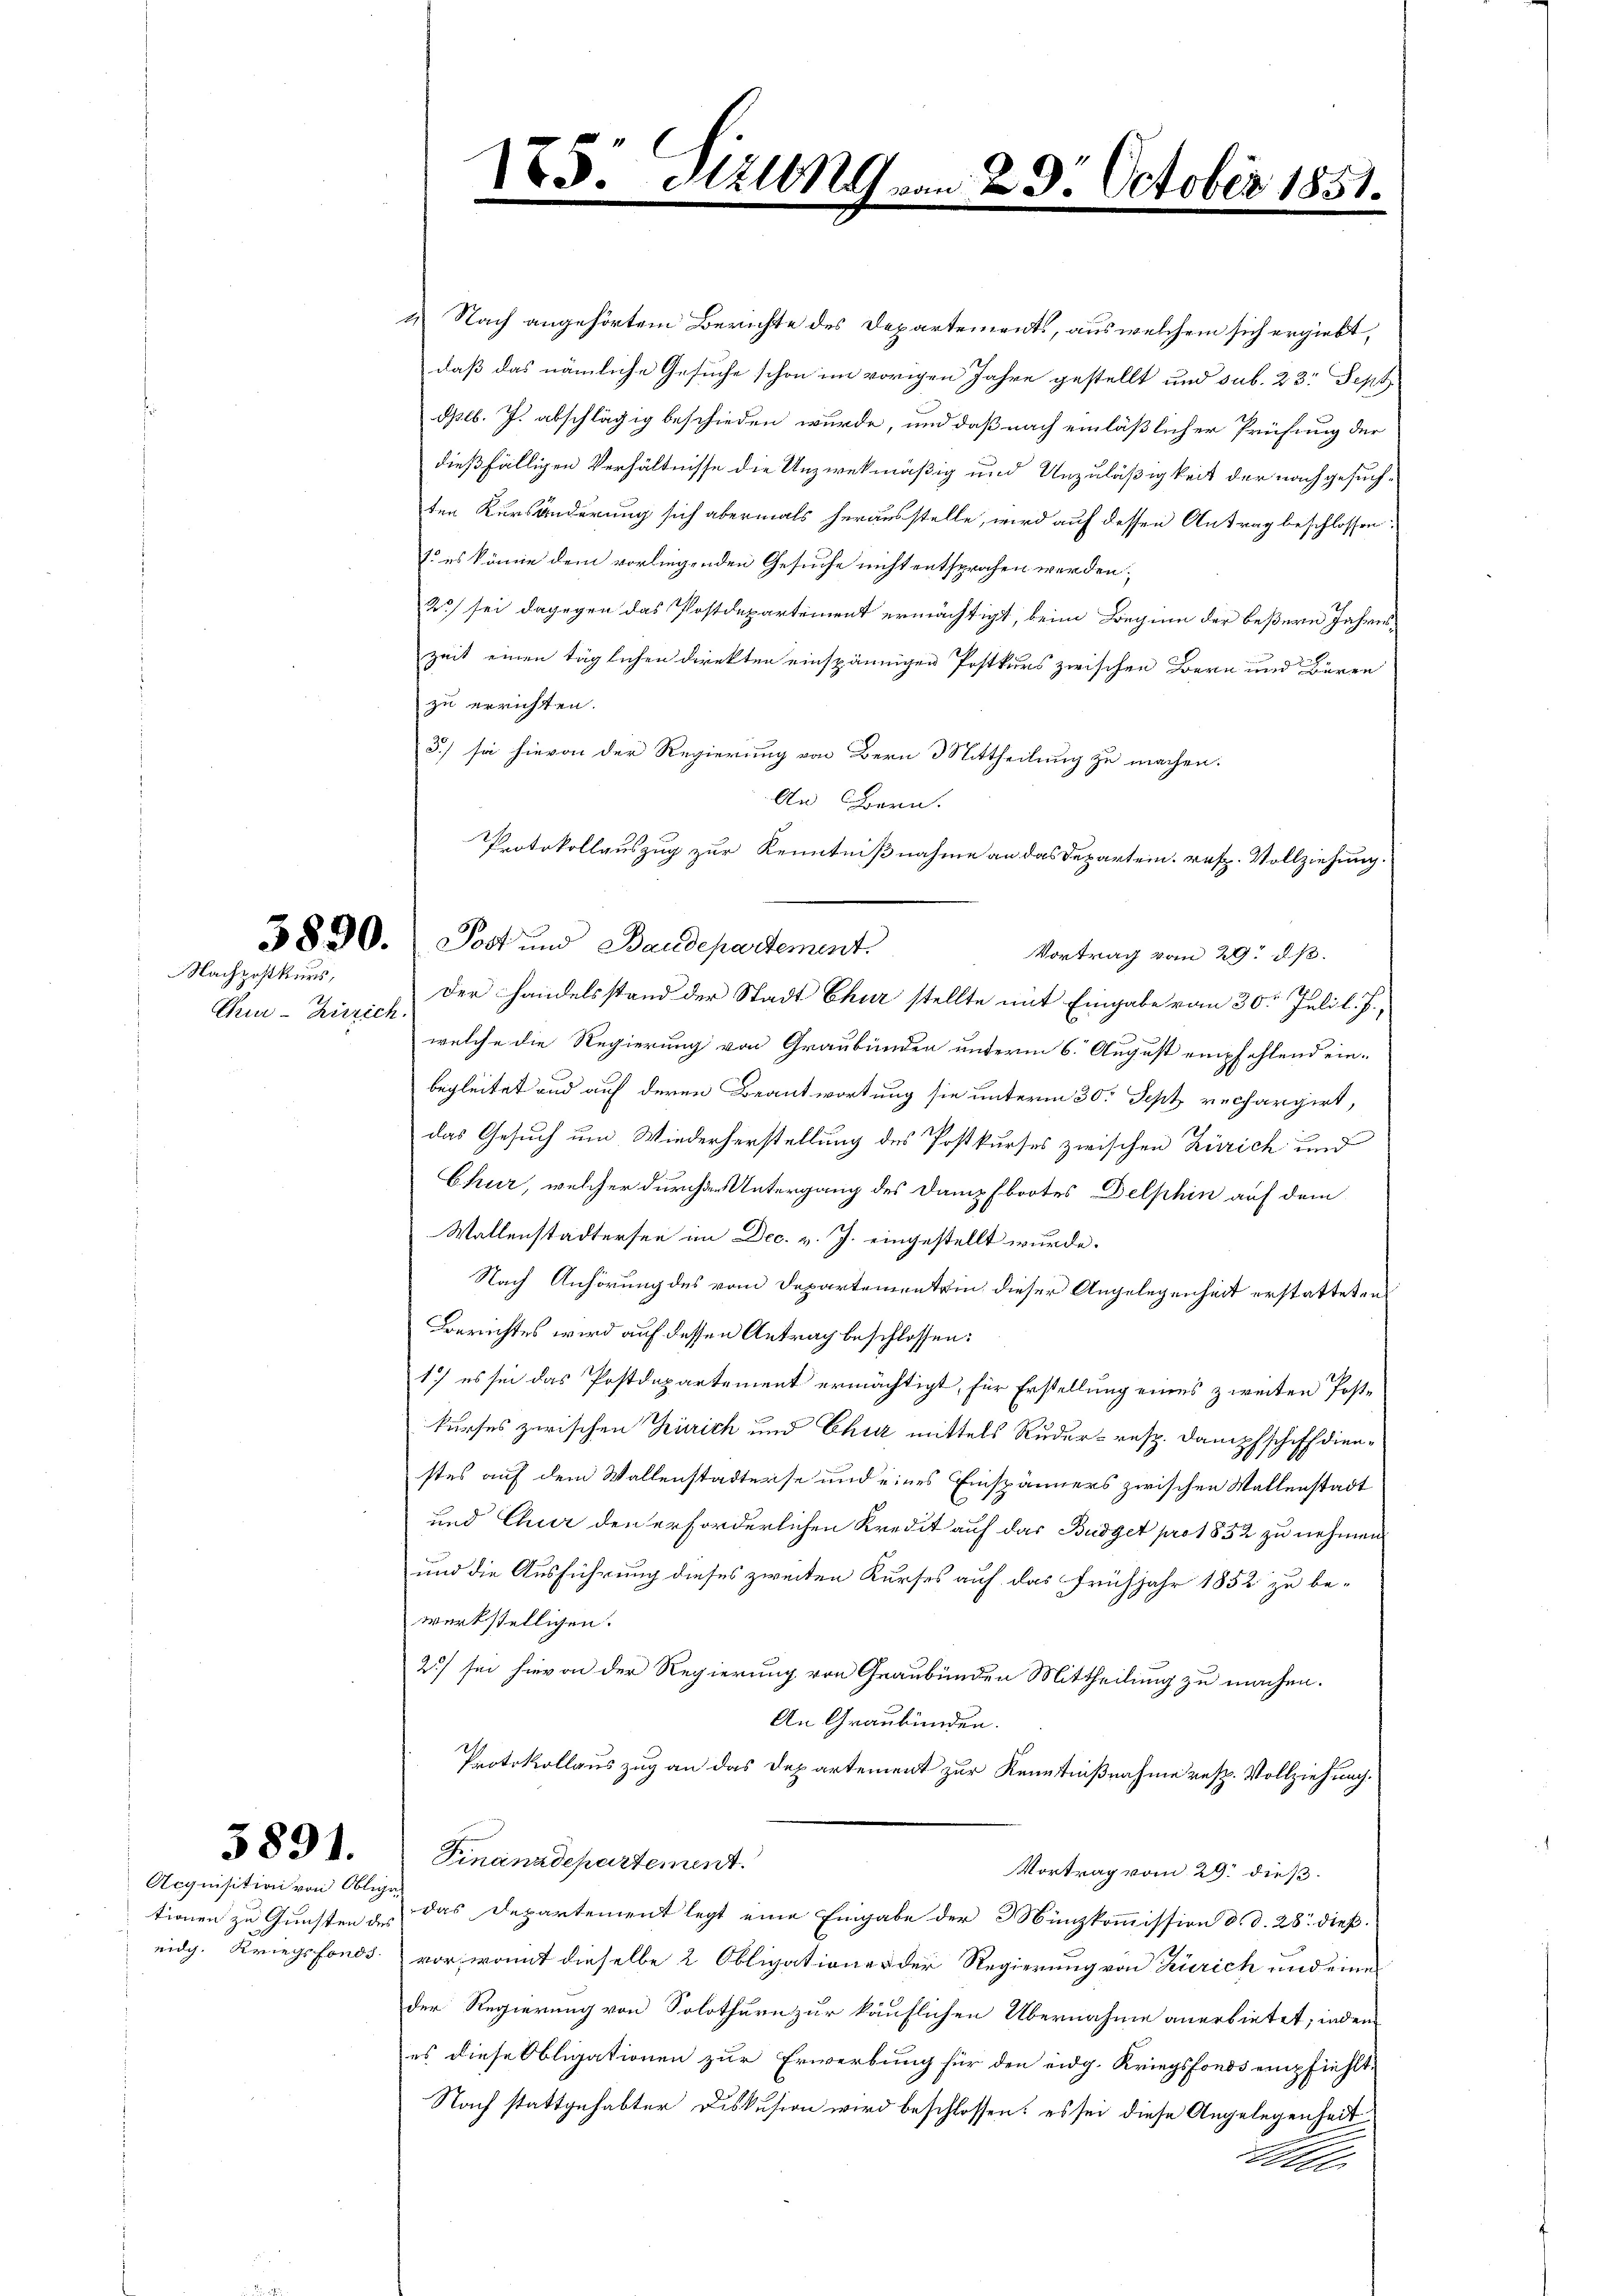
Grue-Zürich.

Nachpostkurs,

5891.

Acquisition von Obligen

3830. Post und Baudepartement

Suung

1 Nach angehörtem Berichte des Departements, aus welchem sich ergiebt,
daß das nämliche Gesuche schon im vorigen Jahre gestellt und sub. 23. Sept.
dplb. J. abschlägig beschieden wurde, und daß nach einläßlicher Prüfung der
dießfälligen Verhältnisse die Unzwekmäßig und Unzuläßigkeit der nachgesuchten Kursänderung sich abermals herausstelle, wird auf dessen Antrag beschlossen:
E. es könne dem vorliegenden Gesuche nicht entsprochen werden;
2) sei dagegen das Postdepartement ermächtigt, beim Beginn der beßern Jahreszeit einen täglichen Direkten einspännigen Postkurs zwischen Bern und Bären
zu errichten.
3.) sie hievon der Regierung von Bern Mittheilung zu machen.
An Bern.
Protokollauszug zur Kenntnißnahme an das Departem, resp. Vollziehung.
Vortrag vom 29. dß.
Der Handelsstand der Stadt Chur stellte mit Eingabe vom 30t Juli l. J.,
welche die Regierung von Graubünden unterm 6. August empfehlend einbegleitet und auf deren Beantwortung sie unterm 30. Sept rechargirt,
das Gesuch um Wiederherstellung des Postkurses zwischen Zürich und
Chur, welcher durche Untergang des Dampfbootes Delphin auf dem
Wallenstädtersee im Dec. v. J. eingestellt wurde.
Nach Anhörung des vom Departementrin, dieser Angelegenheit erstatteten
Berichtes wird auf dessen Antrag beschlossen:
1) es sei das Postdepartement ermächtigt, für Erstellung eines zweiten Postkurses zwischen Zürich und Chur mittels Ruder- resp. Dampfschiff dienstes auf dem Wallenstadtense und eines Einspänners zwischen Wollenstadt
und Chur den erforderlichen Kredit auf das Büdget pro 1832 zu nehmen
und die Ausführung dieses zweiten Kurses auf das Frühjahr 1852 zu bewerkstelligen.
2) sei hievon der Regierung von Graubünden Mittheilung zu machen.
An Graubünden.
Protokollauszug an das Departement zur Kenntnißnahme resp. Vollziehung.
Finanzdepartement.
Vortrag vom 29. dieß.
tionen zu Gunsten & das Departement legt eine Eingabe der Münzkommission d. d. 28. dießeidg. Kriegsfonds. vor, womit dieselbe 2 Obligationer der Regierung von Zürich und eine
der Regierung von Solothurn zur käuflichen Übernahme anerbietet, indem
es diese Obligationen zur Erwerbung für den eidg. Kriegsfonds empfiehlte
Nach stattgehabter Diskusion wird beschlossen: es sei diese Angelegenheit
Alle

23 October 1851.